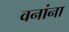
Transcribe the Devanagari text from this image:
वनांना